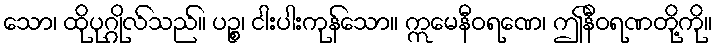
သော၊ ထိုပုဂ္ဂိုလ်သည်။ ပဉ္စ၊ ငါးပါးကုန်သော။ ဣမေနီဝရဏေ၊ ဤနီဝရဏတို့ကို။